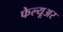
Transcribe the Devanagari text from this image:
फेल्यूअर